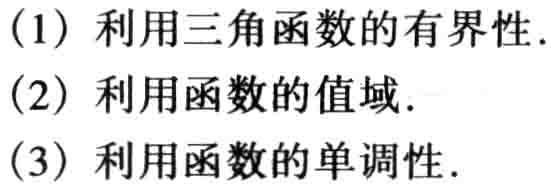
(1) 利用三角函数的有界性.
(2) 利用函数的值域.
(3) 利用函数的单调性.